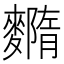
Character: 𪍳